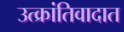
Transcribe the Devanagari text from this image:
उत्क्रांतिवादात